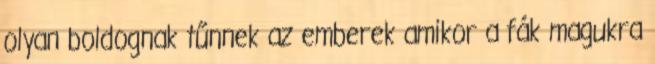
olyan boldognak tűnnek az emberek amikor a fák magukra